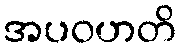
အပဝဟတိ